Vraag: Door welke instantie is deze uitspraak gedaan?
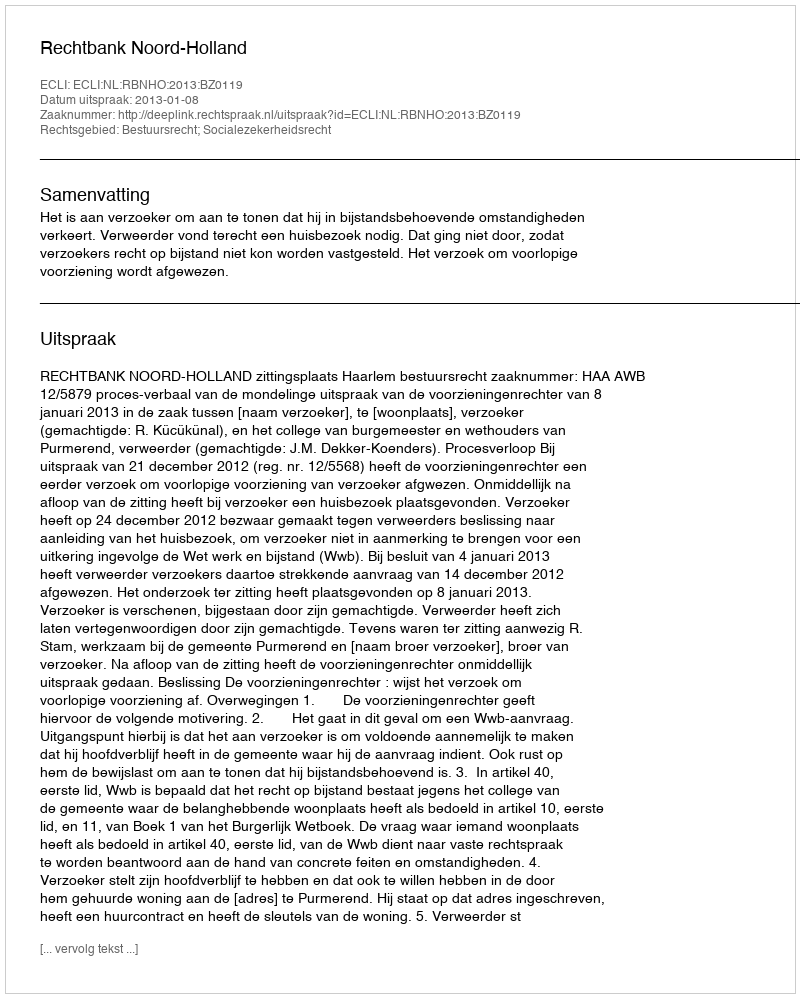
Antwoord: Rechtbank Noord-Holland